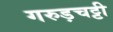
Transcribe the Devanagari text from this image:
गरुड़चट्टी